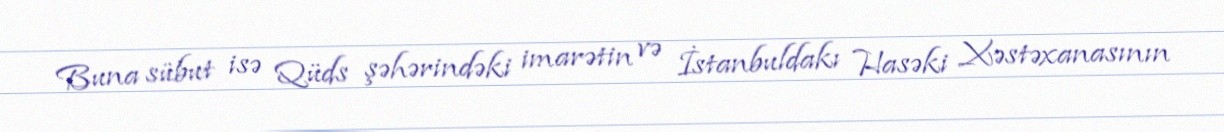
Buna sübut isə Qüds şəhərindəki imarətin və İstanbuldakı Hasəki Xəstəxanasının